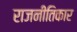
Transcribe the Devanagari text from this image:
राजनीतिकार